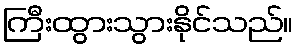
ကြီးထွားသွားနိုင်သည်။